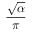
\frac { \sqrt { \alpha } } { \pi }